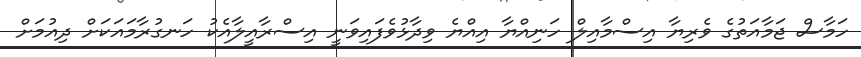
ހަމާސް ޖަމާއަތުގެ ވެރިޔާ އިސްމާއިލް ހަނިއްޔާ އިއްޔެ ވިދާޅުވެފައިވަނީ އިސްރާއީލާއެކު ހަނގުރާމައަކަށް ދިއުމަށް